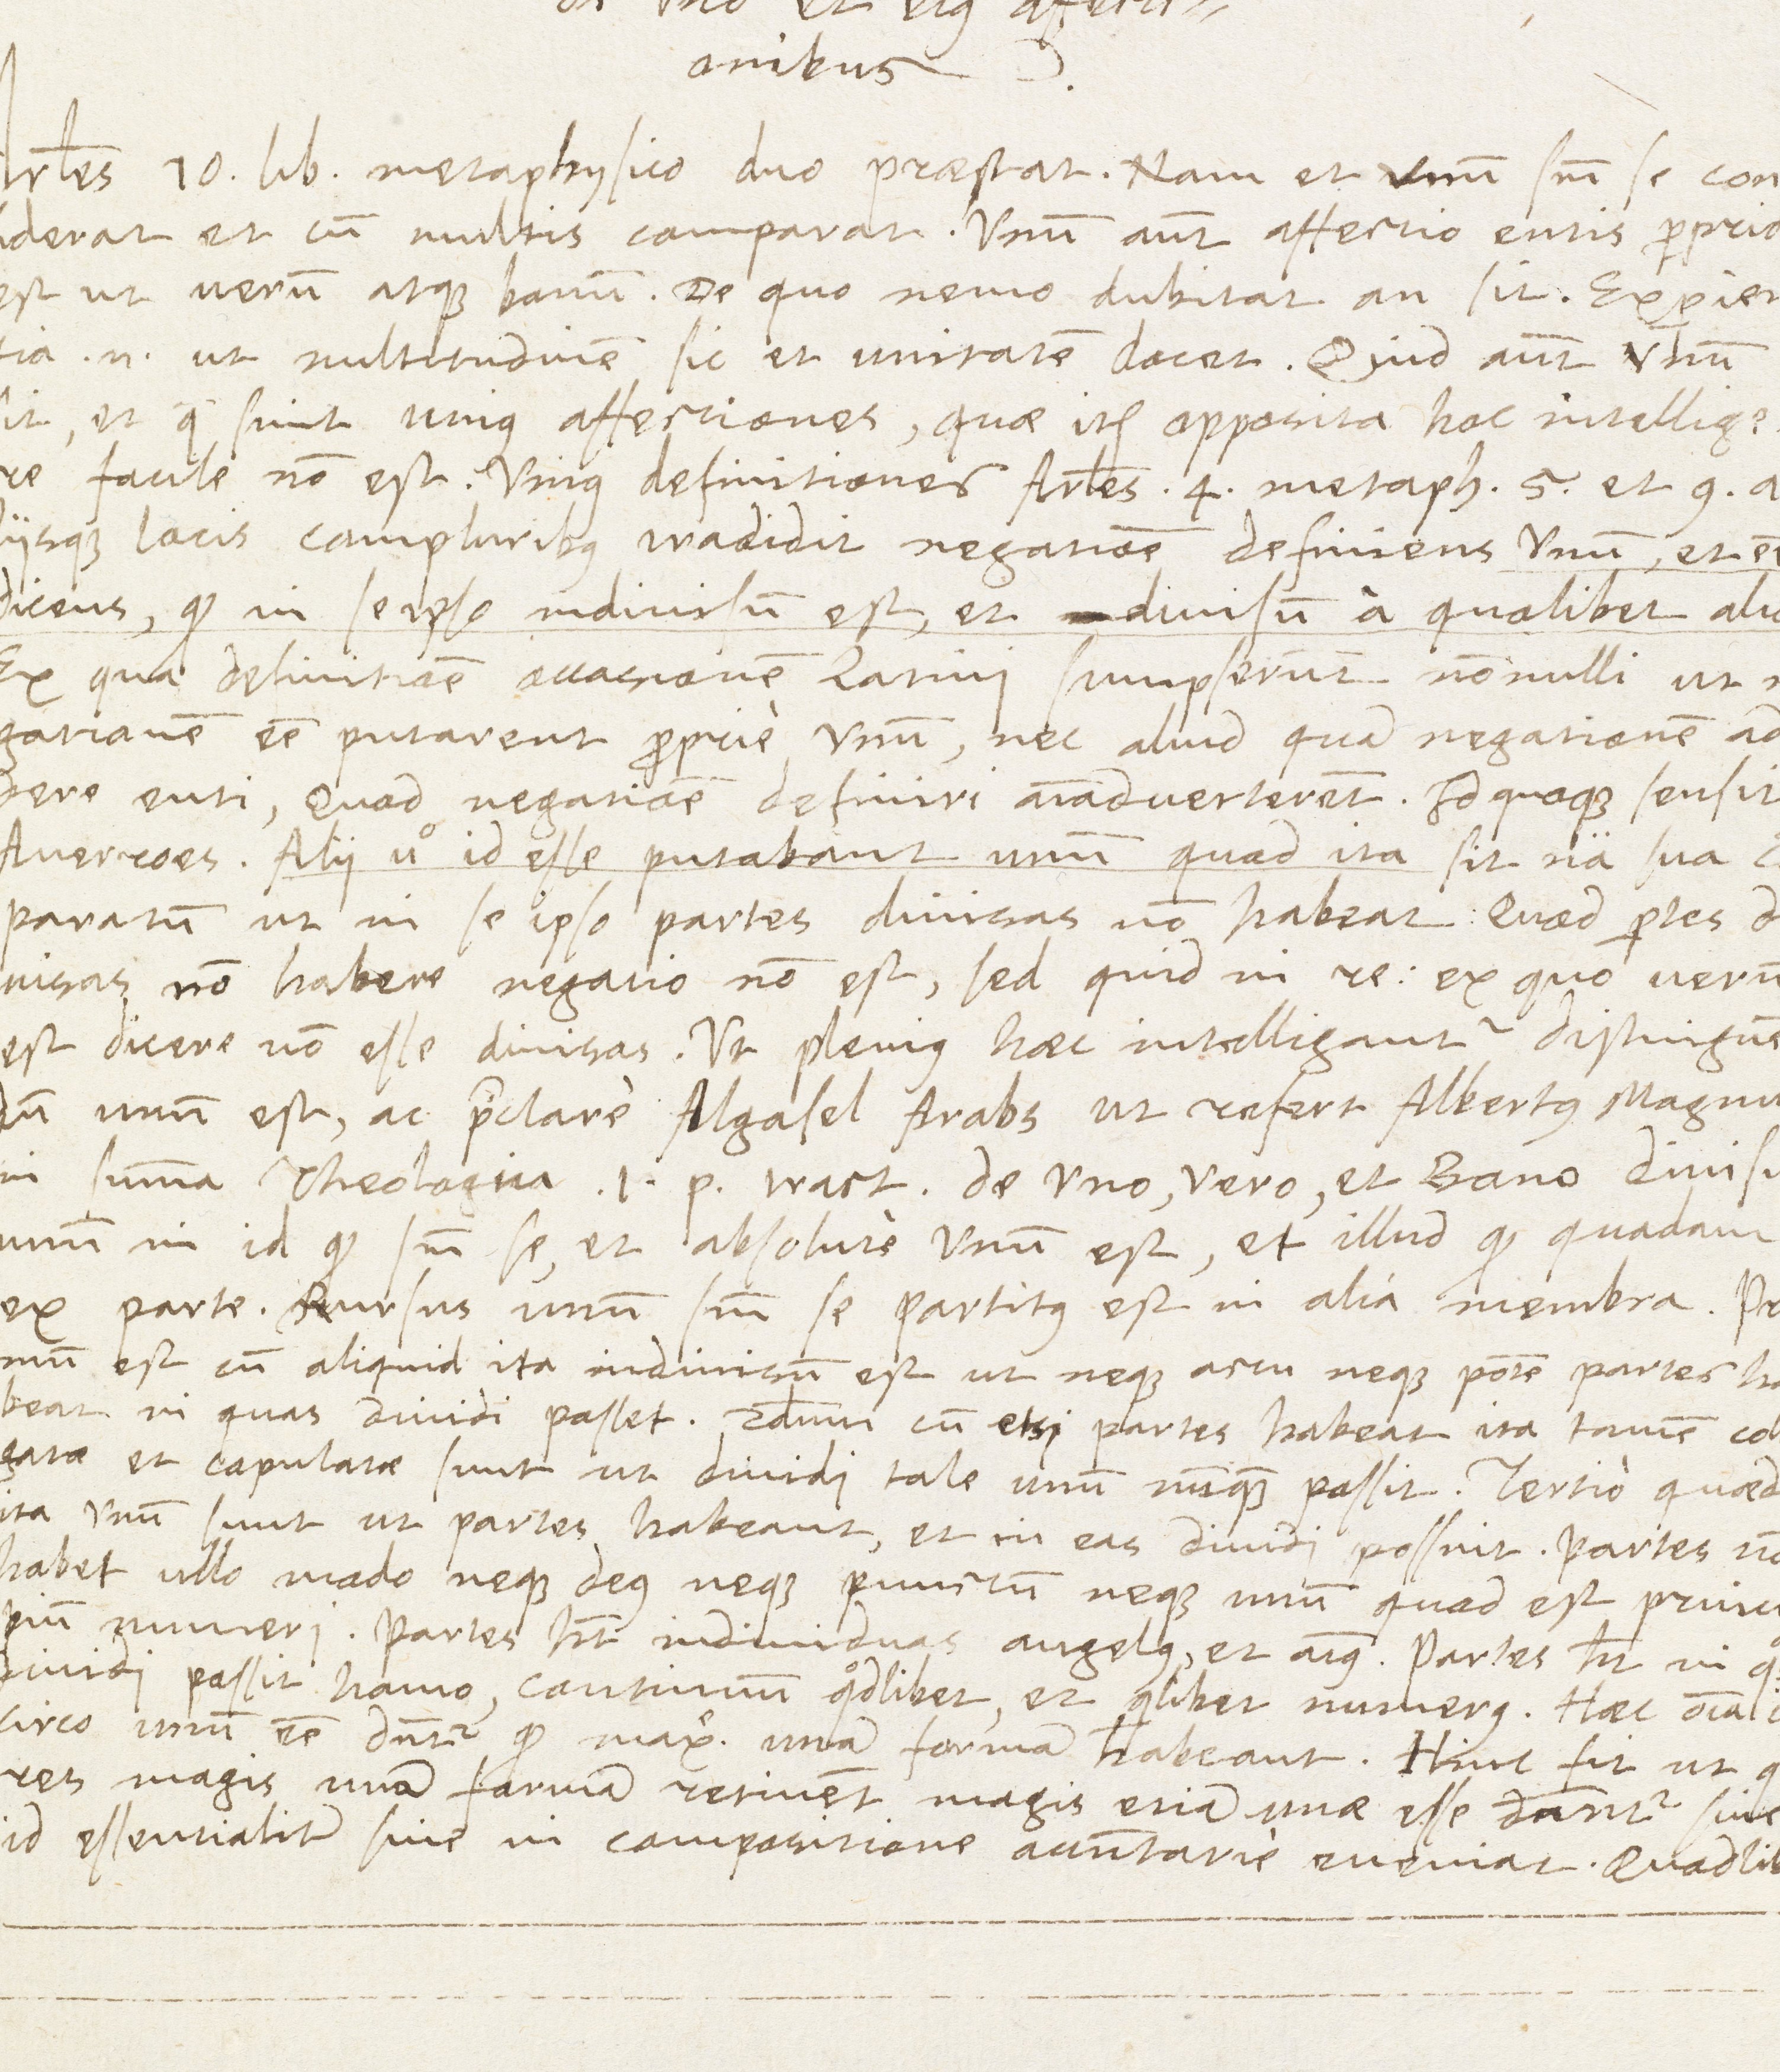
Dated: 1567–1567